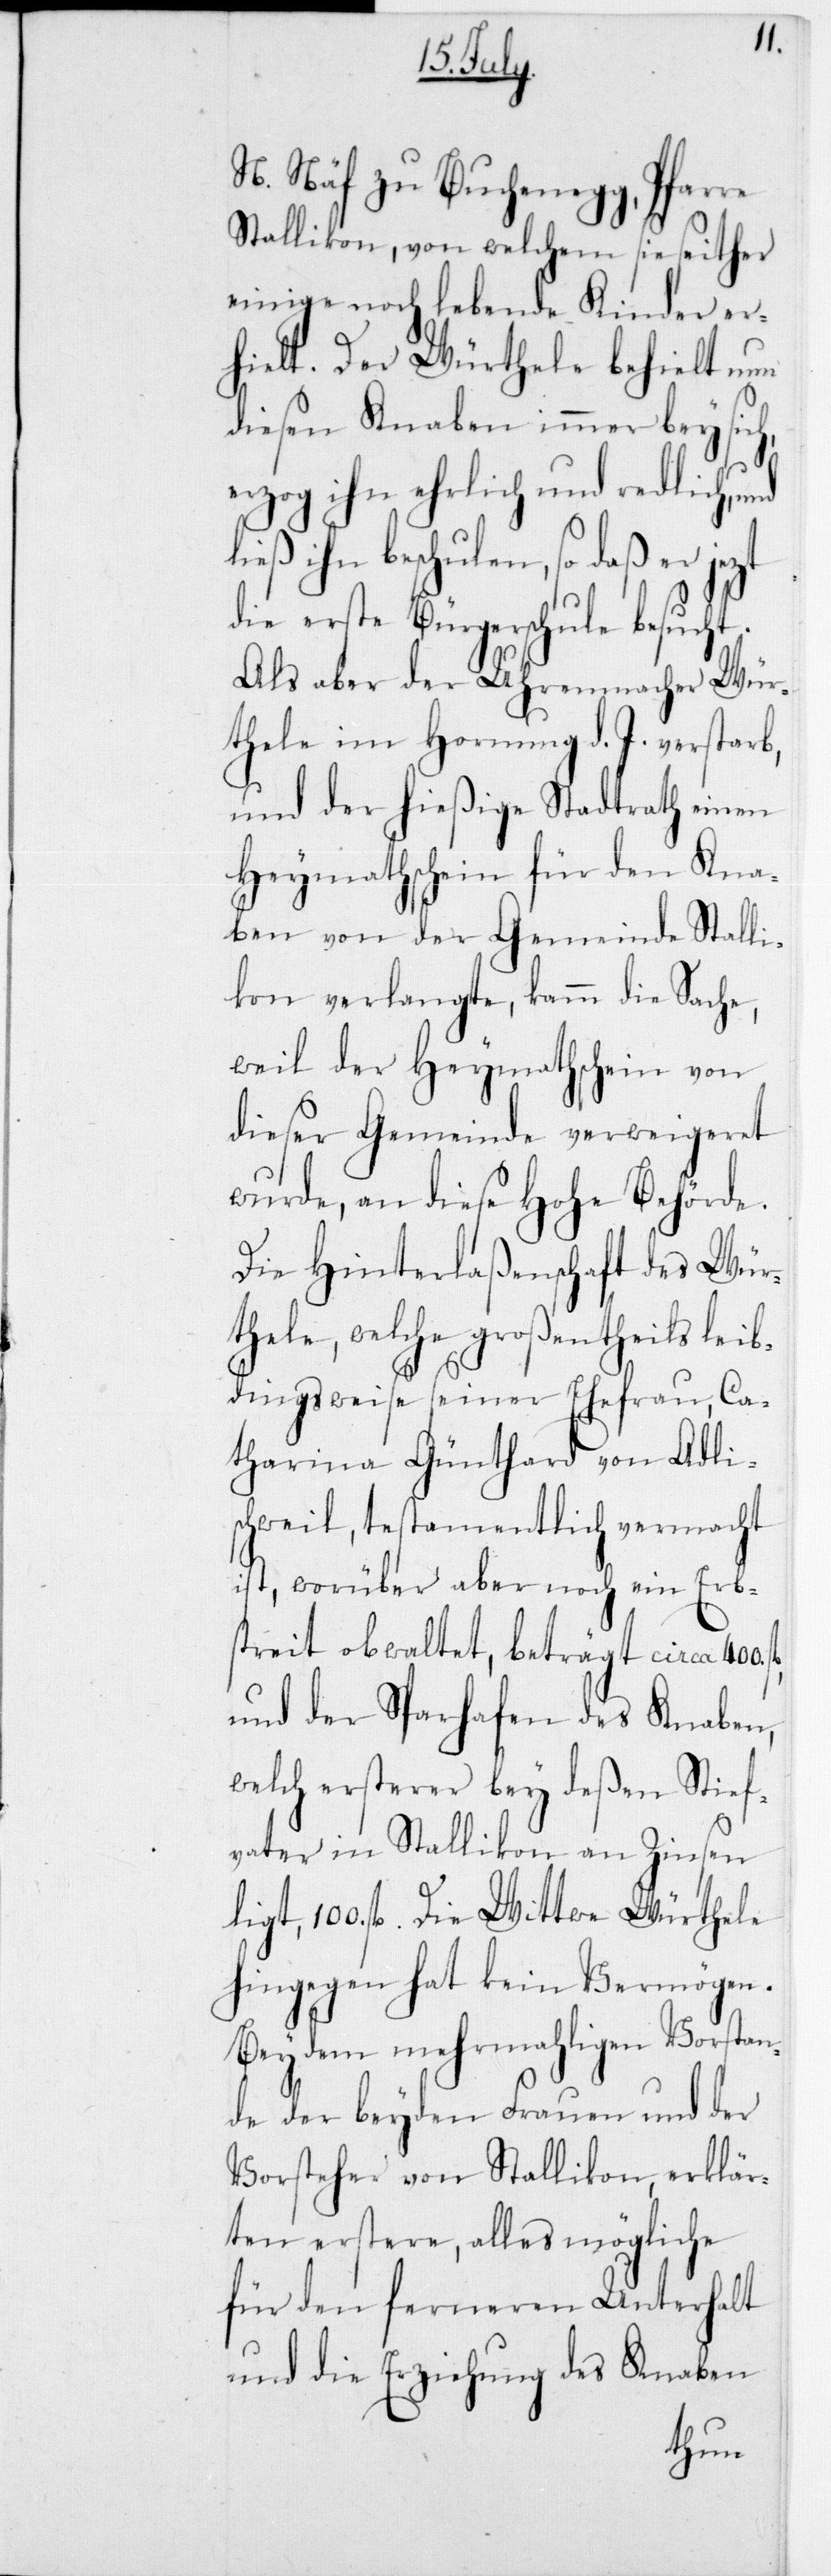
und ließ
N. Näf zu Buchenegg, Pfarre
Stallikon, von welchem sie seither
einige noch lebende Kinder er¬
hielt. Der Würthele behielt nun
diesen Knaben immer bey si¬
erzog ihn ehrlich und redlich,
ihn beschulen, so daß er
die erste Bürgerschule besucht.
Als aber der Uhrenmacher Wür¬
thele im Hornung d. J. verstarb,
und der hießige Stadtrath einen
Heymathschein für den Kna¬
ben von der Gemeinde Stalli¬
kon verlangte, kam die Sache,
weil der Heymathschein von
dieser Gemeinde verweigeret
wurde, an diese Hohe Behörde.
Die Hinterlaßenschaft des Wür¬
thele, welche großentheils leib¬
ch,
dingsweise seiner Ehefrau, Ca¬
tharina Günthard von Adli¬
schweil, testamentlich vermacht
ist, worüber aber noch ein Erb¬
streit obwaltet, beträgt circa
und der Sparhafen des Knaben,
welch ersterer bey deßen Stief¬
vater in Stallikon an Zinsen
ligt, 100 fl. Die Wittwe Würthele
hingegen hat kein Vermögen.
Bey dem mehrmahligen Vorstan¬
de der beyden Frauen und der
Vorsteher von Stallikon, erklär¬
ten erstere, alles Mögliche
für den ferneren Unterhalt
und die Erziehung des Knaben